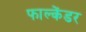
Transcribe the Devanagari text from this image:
फाल्केंडर